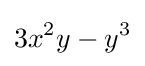
3x^{2}y-y^{3}